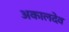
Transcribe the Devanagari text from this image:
अकालदेव